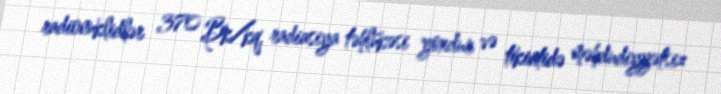
radionuklidlər 370 Bk/kq, radiasiya təhlükəsi yoxdur və tikintidə məhdudiyyətsiz